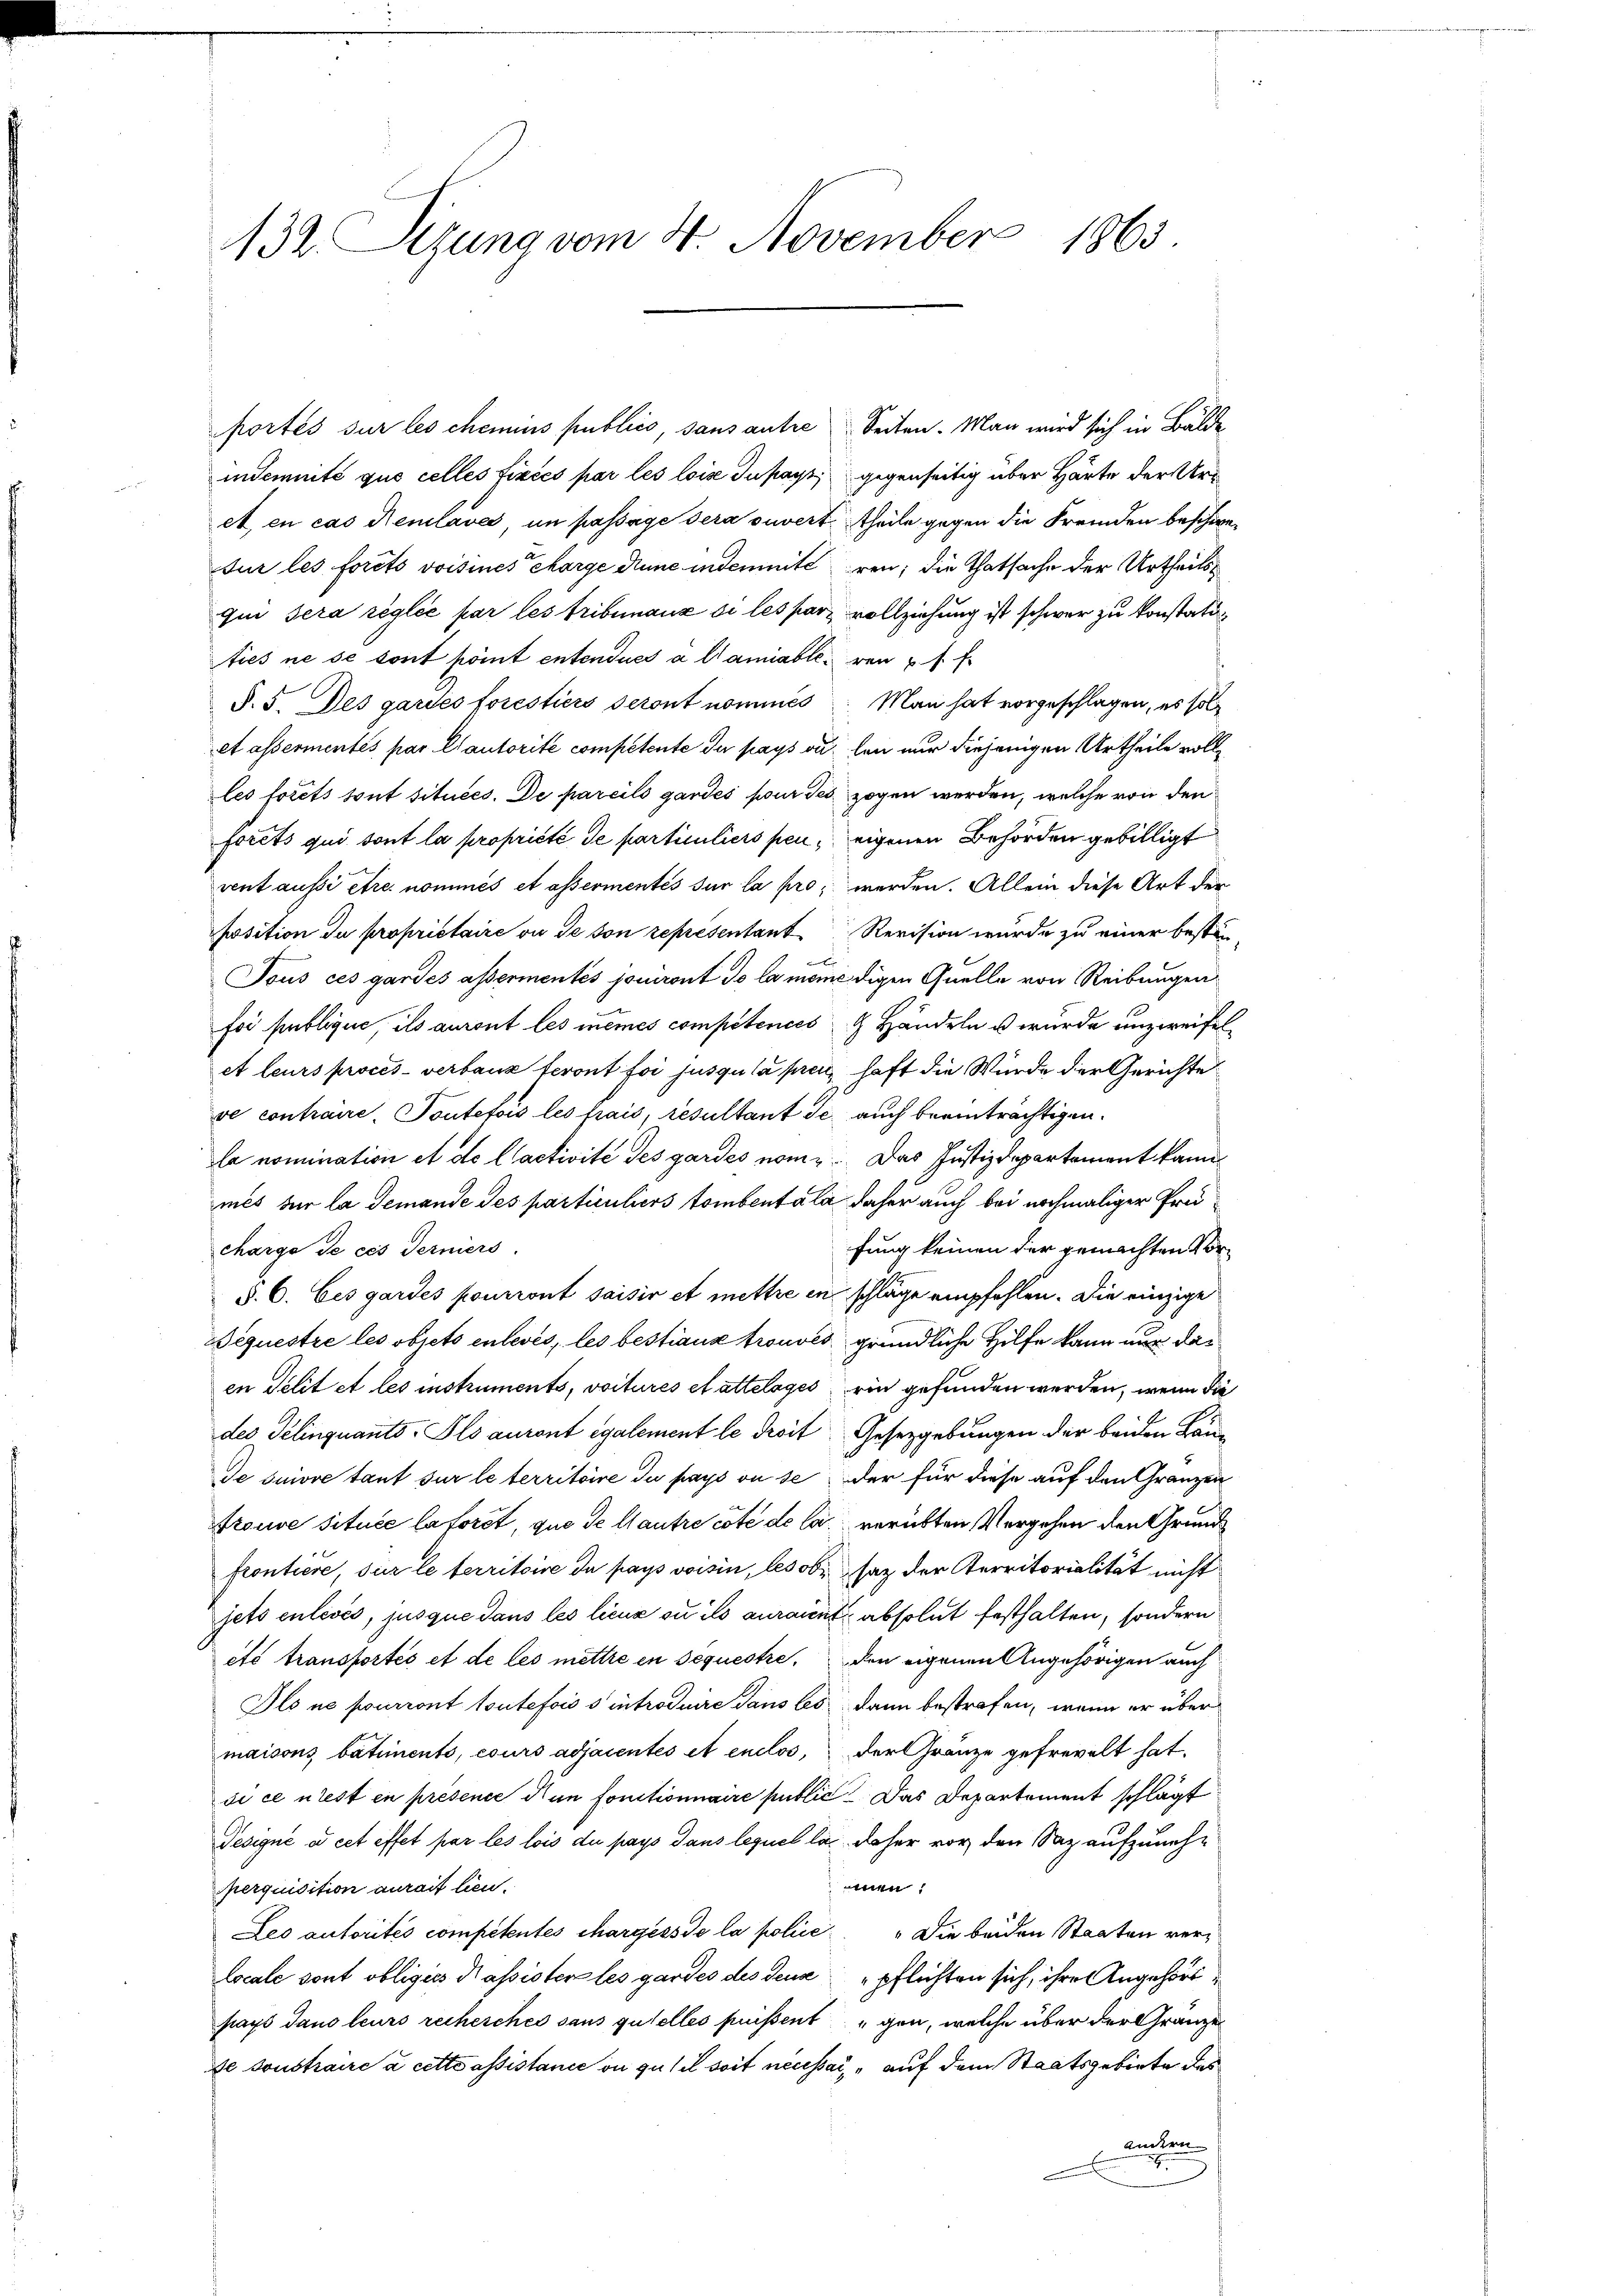
132. Sizung vom 4. November 1863.

portés sur les chemins publics, sans antre Seiten. Man wird sich in Bälde
indemnité que celles fixées par les loise Insass gegenseitig über Härte der Ur
et, en cas Nemlaves, in passage sera ouvert, theile gegen die Fremden beschen
sur les forcts voisines Marge die indemnité ren; die Thatsache der Urtheilsqui sera réglée par les tribunaux si les par vollziehung ist schwer zu konstatuties ne se sont point entendues à l’amiableren u. s. f.
§. 5. Des gardes forestiers seront nomines Man hat vorgeschlagen, es solet assermentés par Cautorité competente du pays ou len nur diejenigen Urtheile vollles forets tout situées. De pareils gardés pour des zogen werden, welche von den
forets qui sont la propriété de particuliers pen, eigenen Behörden gebilligt
vent aussi être nommés et assermentés sur la pro werden. Allein diese Art der
position du propriétaire ou de von représentant Revision wurde zu einer besti¬
Tous ces gardes assermentés jouiront so la meme digen Quelle von Reibungen
foi publique, ils auront les mêmes competences . Handeln u wurde unzweifel
et leurs procès-verbaus feront foi jusqula pren, haft die Würde der Gerichte
ve contraire. Toutefois les frais, resultant se auch beeinträchtigen.
la nomination et de l’activité des gardes nom. Das Justizdepartement kannmes sur la Jemande Jes particuliers tombentála daher auch bei nochmaliger Prücharge de ces Terniers
fung keinen der gemachten Vor¬
§. 6. Ces gardés pourront saisir et mettre in schläge empfehlen. Die einzige
Bequestre les objets enlevés, les bestiaux trouves gründliche Hilfe kann nur daen Pelit et les instruments, voitures et attelages ein gefunden werden, wenn die
des Gelinquants-Pls auront également le droit Gesetzgebungen der beiden Laue suivre tant sur le territoire du pays ou se der für diese auf den Gränzen
trouve située laforet, que de lautre cote de la verübten Vergehen den Grundfrontiere, sur le territoire de pays voisin, les oben sey der Territorialität nicht
jets enlevés, jusque dans les lieux ou ils aurannt absolut festhalten, sondern
ets transportés et de les mettre in Sequestre, den eigenen Angehörigen auch
Als ne pourront toutefois sintroduire dans les dann bestrafen, wenn er über
maisons batiments, cours adjacentes et enclos, der Gränze gefrevelt hat.
si ce n’est en présence Nun fonctionnaire public. Das Departement schlägt
Tesigné à cet effet par les lois du pays dans lequel las daher vor den Saz aufzunehmen:
perquisition aurait lien.
Les autorités competentes chargers de la polie die beiden Staaten verlocale sont obligées Kassister les gardes des denn pflichten sich, ihre Angehördpays dans leurs rechercher sans gutelles pressent gen, welche über der Gränze
de sonstraire à cette assistance in gutel soit necessar, auf dem Staatsgebiete des
ancken

2.